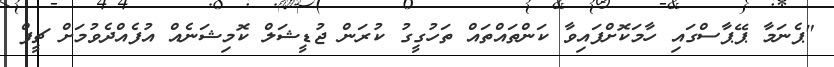
"ޕެނަމާ ޕޭޕާސްގައި ހާމަކޮށްފައިވާ ކަންތައްތައް ތަހުގީގު ކުރަން ޖުޑީޝަލް ކޮމިޝަނެއް އުފެއްދެވުމަށް ޗީފް